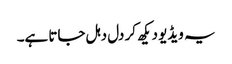
یہ ویڈیو دیکھ کر دل دہل جاتا ہے۔